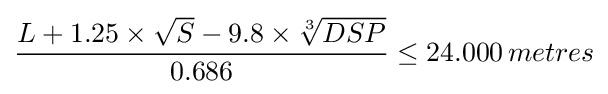
{\frac {L+1.25\times {\sqrt {S}}-9.8\times {\sqrt[{3}]{DSP}}}{0.686}}\leq 24.000\,metres